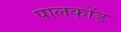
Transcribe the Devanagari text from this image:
पालकोंड